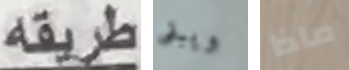
طريقه ويبقى ماذا